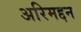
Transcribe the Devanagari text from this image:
अरिमद्दन